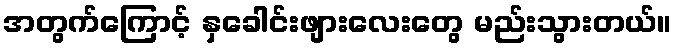
အတွက်ကြောင့် နှခေါင်းဖျားလေးတွေ မည်းသွားတယ်။